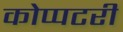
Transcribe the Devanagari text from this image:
कोप्पटरी